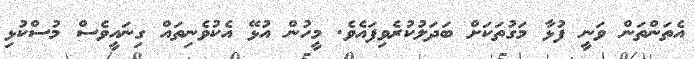
އެތަންތަން ވަނީ ފުޅާ މަގުތަކަށް ބަދަލުކުރެވިފައެވެ. މީހުން އުޅޭ އެކުވެނިތައް ގިނައީވެސް މުސްކުޅި